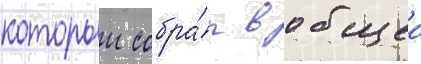
которыи собра́л в общеи